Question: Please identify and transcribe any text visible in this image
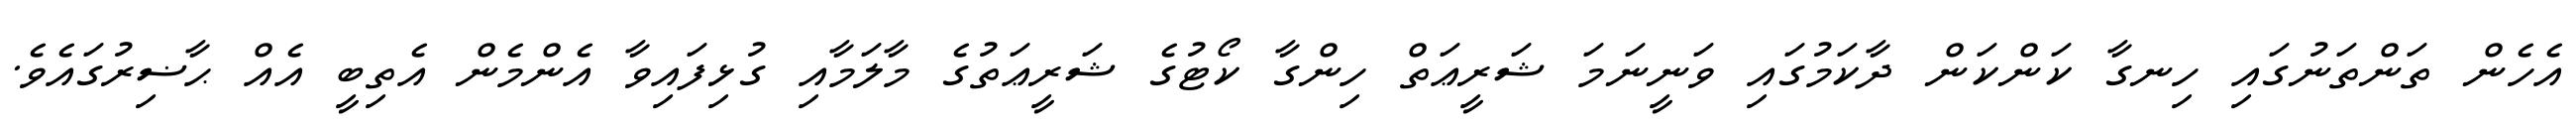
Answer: އެހެން ތަންތަނުގައި ހިނގާ ކަންކަން ދާކަމުގައި ވަނީނަމަ ޝަރީޢަތް ހިންގާ ކޯޓުގެ ޝަރީޢަތުގެ މާލަމާއި ގުޅިފައިވާ އެންމެން އެތިބީ އެއް ޙާޟިރުގައެވެ.